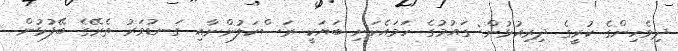
ދިވެހިންގެ ކުރީގެ ދިރިއުޅުން: ގައުމުގެ ހަމައެކަނި ބަޔަކީ ރަސްކަލުންނާއި ގަނޑުވަރު ތެރޭގެ ބޭފުޅުން